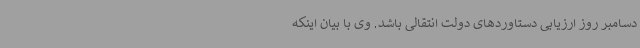
دسامبر روز ارزیابی دستاوردهای دولت انتقالی باشد. وی با بیان اینکه